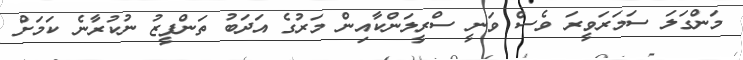
މަންގަލަ ސަމަރަވީރަ ވެސް ވަނީ ސްރީލަންކާއިން މަރުގެ އަދަބު ތަންފީޒު ނުކުރާނެ ކަމަށް